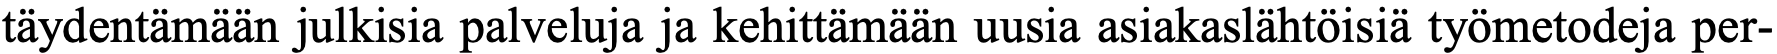
täydentämään julkisia palveluja ja kehittämään uusia asiakaslähtöisiä työmetodeja per-